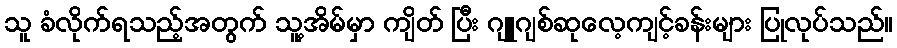
သူ ခံလိုက်ရသည့်အတွက် သူ့အိမ်မှာ ကျိတ် ပြီး ဂျူဂျစ်ဆုလေ့ကျင့်ခန်းများ ပြုလုပ်သည်။